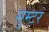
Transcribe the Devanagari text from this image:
सुम्टर